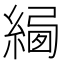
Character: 𦂷